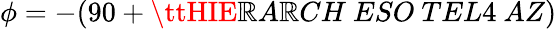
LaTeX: \phi=-(90+{\ttHIE\mathbb{R}A\mathbb{R}CH\ ESO\ TEL4\ AZ})